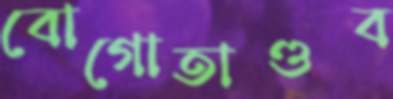
বোগোতাণ্ডব